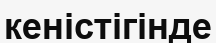
кеністігінде